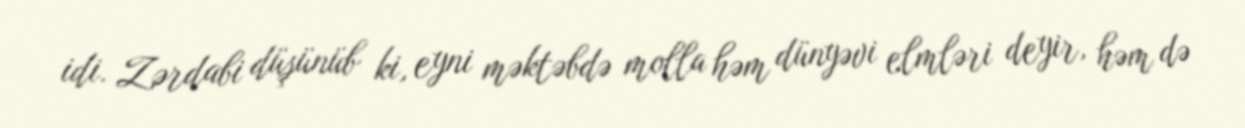
idi. Zərdabi düşünüb ki, eyni məktəbdə molla həm dünyəvi elmləri deyir, həm də